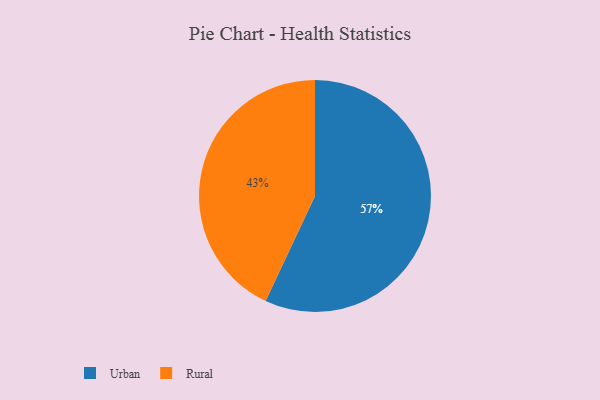
{"axis": {"x": "Category", "y": "Percentage"}, "legend": ["Rural", "Urban"], "data": [{"x": "Rural", "y": 43, "type": "Rural"}, {"x": "Urban", "y": 57, "type": "Urban"}]}